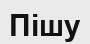
Пішу